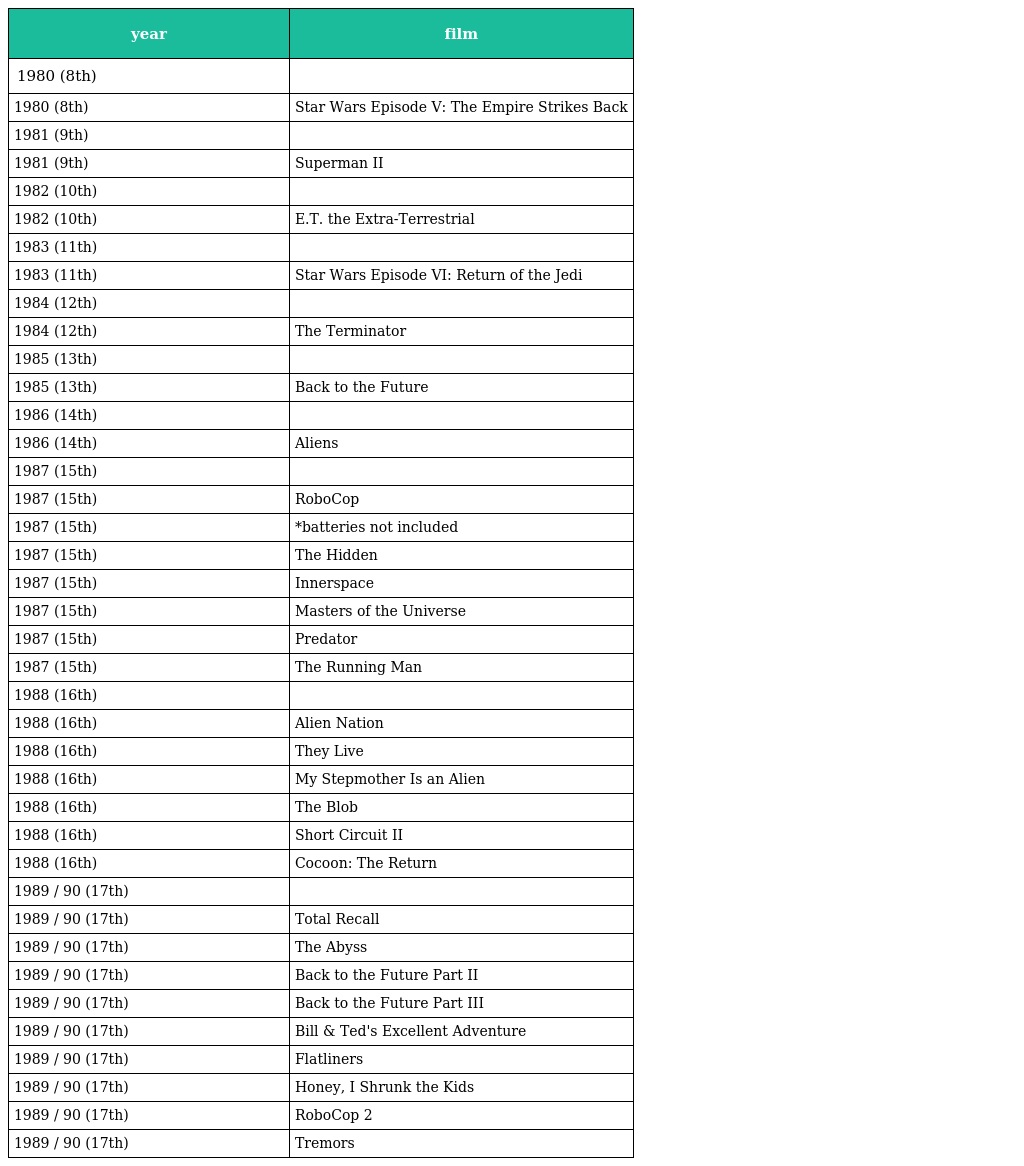
| year | film |
 | --- | --- |
 | 1980 (8th) |  |
 | 1980 (8th) | Star Wars Episode V: The Empire Strikes Back |
 | 1981 (9th) |  |
 | 1981 (9th) | Superman II |
 | 1982 (10th) |  |
 | 1982 (10th) | E.T. the Extra-Terrestrial |
 | 1983 (11th) |  |
 | 1983 (11th) | Star Wars Episode VI: Return of the Jedi |
 | 1984 (12th) |  |
 | 1984 (12th) | The Terminator |
 | 1985 (13th) |  |
 | 1985 (13th) | Back to the Future |
 | 1986 (14th) |  |
 | 1986 (14th) | Aliens |
 | 1987 (15th) |  |
 | 1987 (15th) | RoboCop |
 | 1987 (15th) | *batteries not included |
 | 1987 (15th) | The Hidden |
 | 1987 (15th) | Innerspace |
 | 1987 (15th) | Masters of the Universe |
 | 1987 (15th) | Predator |
 | 1987 (15th) | The Running Man |
 | 1988 (16th) |  |
 | 1988 (16th) | Alien Nation |
 | 1988 (16th) | They Live |
 | 1988 (16th) | My Stepmother Is an Alien |
 | 1988 (16th) | The Blob |
 | 1988 (16th) | Short Circuit II |
 | 1988 (16th) | Cocoon: The Return |
 | 1989 / 90 (17th) |  |
 | 1989 / 90 (17th) | Total Recall |
 | 1989 / 90 (17th) | The Abyss |
 | 1989 / 90 (17th) | Back to the Future Part II |
 | 1989 / 90 (17th) | Back to the Future Part III |
 | 1989 / 90 (17th) | Bill & Ted's Excellent Adventure |
 | 1989 / 90 (17th) | Flatliners |
 | 1989 / 90 (17th) | Honey, I Shrunk the Kids |
 | 1989 / 90 (17th) | RoboCop 2 |
 | 1989 / 90 (17th) | Tremors |